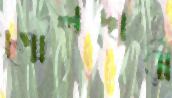
গোলদারী